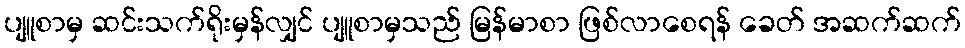
ပျူစာမှ ဆင်းသက်ရိုးမှန်လျှင် ပျူစာမှသည် မြန်မာစာ ဖြစ်လာစေရန် ခေတ် အဆက်ဆက်